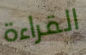
القراءة